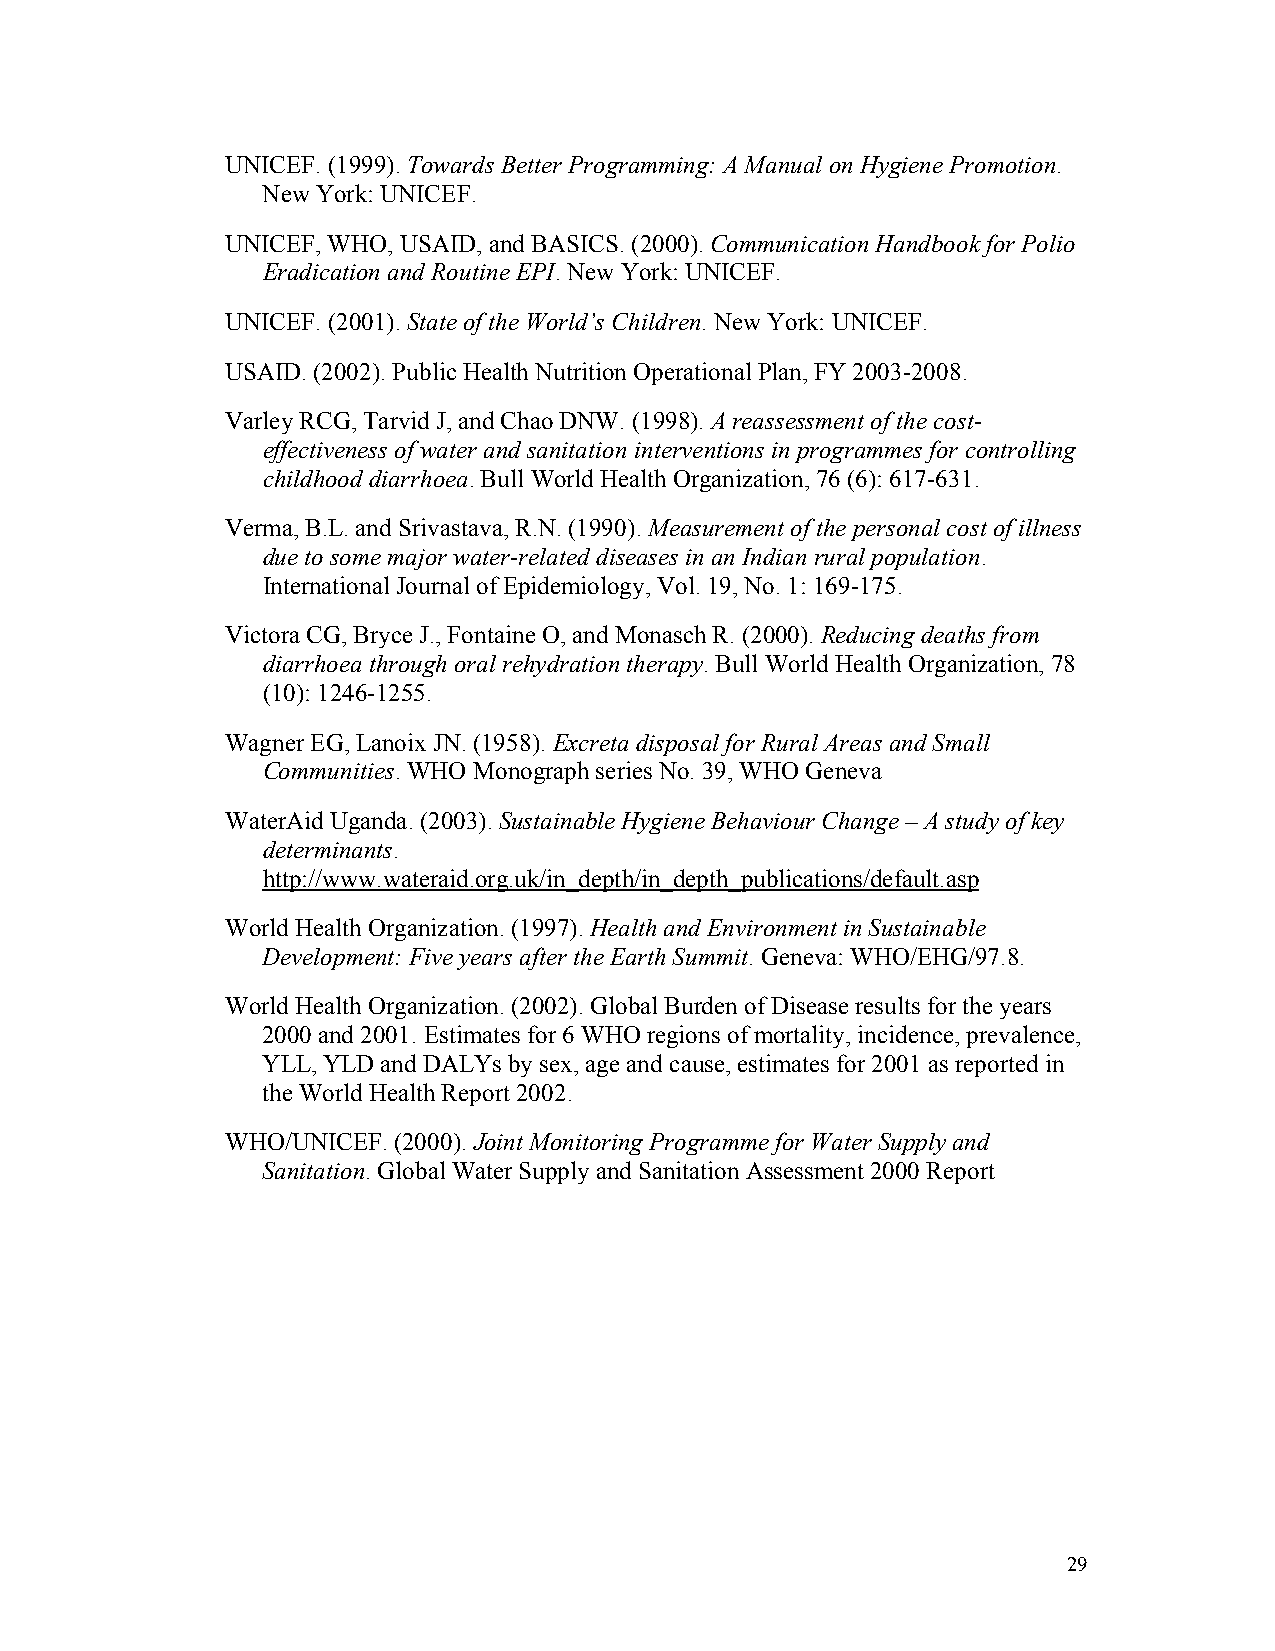
UNICEF. (1999). Towards Better Programming: A Manual on Hygiene Promotion.
 New York: UNICEF.
 UNICEF, WHO, USAID, and BASICS. (2000). Communication Handbook for Polio
 Eradication and Routine EPI. New York: UNICEF.
 UNICEF. (2001). State of the World’s Children. New York: UNICEF.
 USAID. (2002). Public Health Nutrition Operational Plan, FY 2003-2008.
 Varley RCG, Tarvid J, and Chao DNW. (1998). A reassessment of the cost-
 effectiveness of water and sanitation interventions in programmes for controlling
 childhood diarrhoea. Bull World Health Organization, 76 (6): 617-631.
 Verma, B.L. and Srivastava, R.N. (1990). Measurement of the personal cost of illness
 due to some major water-related diseases in an Indian rural population.
 International Journal of Epidemiology, Vol. 19, No. 1: 169-175.
 Victora CG, Bryce J., Fontaine O, and Monasch R. (2000). Reducing deaths from
 diarrhoea through oral rehydration therapy. Bull World Health Organization, 78
 (10): 1246-1255.
 Wagner EG, Lanoix JN. (1958). Excreta disposal for Rural Areas and Small
 Communities. WHO Monograph series No. 39, WHO Geneva
 WaterAid Uganda. (2003). Sustainable Hygiene Behaviour Change – A study of key
 determinants.
 http://www.wateraid.org.uk/in_depth/in_depth_publications/default.asp
 World Health Organization. (1997). Health and Environment in Sustainable
 Development: Five years after the Earth Summit. Geneva: WHO/EHG/97.8.
 World Health Organization. (2002). Global Burden of Disease results for the years
 2000 and 2001. Estimates for 6 WHO regions of mortality, incidence, prevalence,
 YLL, YLD and DALYs by sex, age and cause, estimates for 2001 as reported in
 the World Health Report 2002.
 WHO/UNICEF. (2000). Joint Monitoring Programme for Water Supply and
 Sanitation. Global Water Supply and Sanitation Assessment 2000 Report
 29